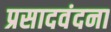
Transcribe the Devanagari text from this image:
प्रसादवंदना